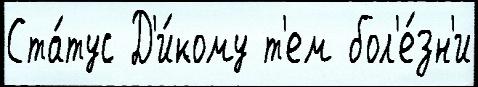
Ста́тус Д'и́кому т'ем бол'е́зн'и